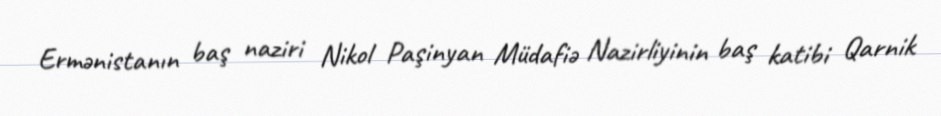
Ermənistanın baş naziri Nikol Paşinyan Müdafiə Nazirliyinin baş katibi Qarnik